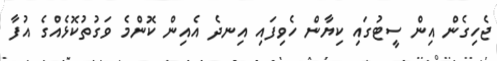
ޖެހިގެން އިން ސީޓުގައި ކިޔާން ހެވިފައި އިނދެ އެއިން ކޮންމެ ވަގުތުކޮޅެއްގެ އުފާ